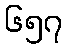
၆၅၇